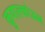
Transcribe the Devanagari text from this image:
कुयाल्कोम्म